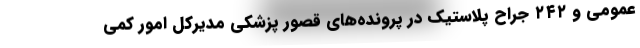
عمومی و ۲۴۲ جراح پلاستیک در پرونده‌های قصور پزشکی مدیرکل امور کمی